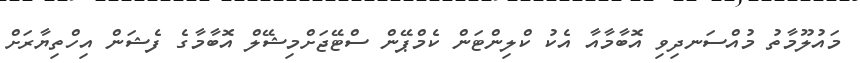
މައުލޫމާތު މުއްސަނދިވި އޮބާމާއާ އެކު ކްލިންޓަން ކެމްޕޭން ސްޓޭޖަށްމިޝޭލް އޮބާމާގެ ފެޝަން އިހްތިޔާރަށް